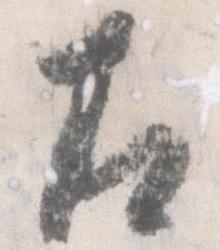
左